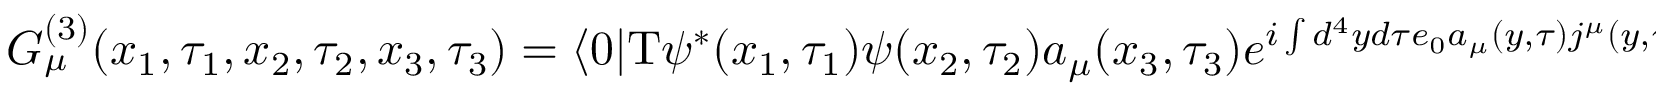
G _ { \mu } ^ { ( 3 ) } ( x _ { 1 } , \tau _ { 1 } , x _ { 2 } , \tau _ { 2 } , x _ { 3 } , \tau _ { 3 } ) = \langle 0 | \mathrm { T } \psi ^ { * } ( x _ { 1 } , \tau _ { 1 } ) \psi ( x _ { 2 } , \tau _ { 2 } ) a _ { \mu } ( x _ { 3 } , \tau _ { 3 } ) e ^ { i \int d ^ { 4 } y d \tau e _ { 0 } a _ { \mu } ( y , \tau ) j ^ { \mu } ( y , \tau ) } | 0 \rangle _ { \mathrm { t r e e } }